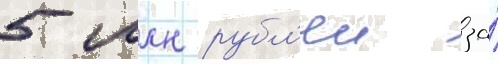
5 млн рубл'еи за́